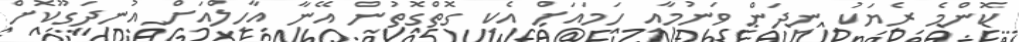
ކޮންމެ ރެޔަކު ނިދަން ވަނުމާއި ހަމައަށް އެކި ގޮތްގޮތުން އޭނާ އާހިލްއަށް އުނދަގޫކޮށް